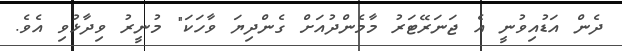
ދެން އަޑުއިވުނީ އެ ޖަނަރޭޓަރު މާމެންދުއަށް ގެންދިޔަ ވާހަކަ" މުނީރު ވިދާޅުވި އެވެ.